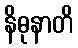
နိဓုနာတိ